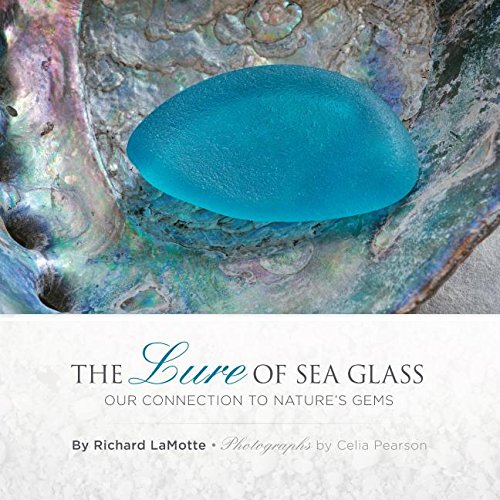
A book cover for The Lure of Sea Glass: Our Connection to Nature's Gems; Richard H. Lamotte; Crafts, Hobbies & Home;